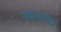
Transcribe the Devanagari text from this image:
महाराधि